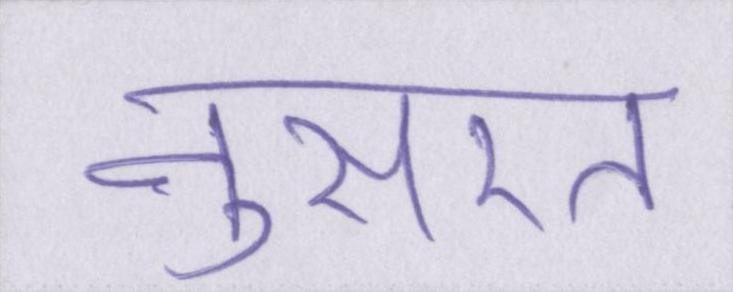
नुसरत